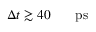
\Delta t \gtrsim 4 0 \ensuremath { \mathrm { ~ \textrm ~ { ~ \, ~ } ~ } } \ensuremath { \mathrm { p s } }